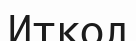
Иткол